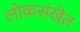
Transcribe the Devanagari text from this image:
लोकसंखेत